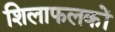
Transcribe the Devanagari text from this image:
शिलाफलकों